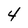
Character: 4